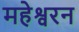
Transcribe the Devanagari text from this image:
महेश्वरन